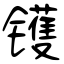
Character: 镬